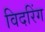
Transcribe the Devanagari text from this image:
विदरिंग